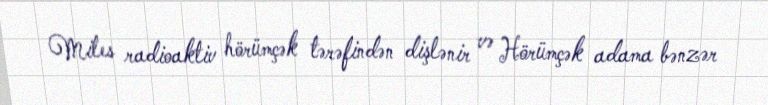
Miles radioaktiv hörümçək tərəfindən dişlənir və Hörümçək adama bənzər